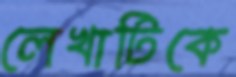
লেখাটিকে